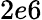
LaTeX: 2e6